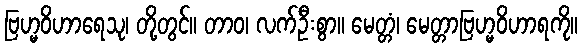
ဗြဟ္မဝိဟာရေသု၊ တို့တွင်။ တာဝ၊ လက်ဦးစွာ။ မေတ္တံ၊ မေတ္တာဗြဟ္မဝိဟာရကို။